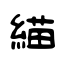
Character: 緢